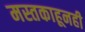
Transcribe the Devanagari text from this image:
मस्तकाहूनही